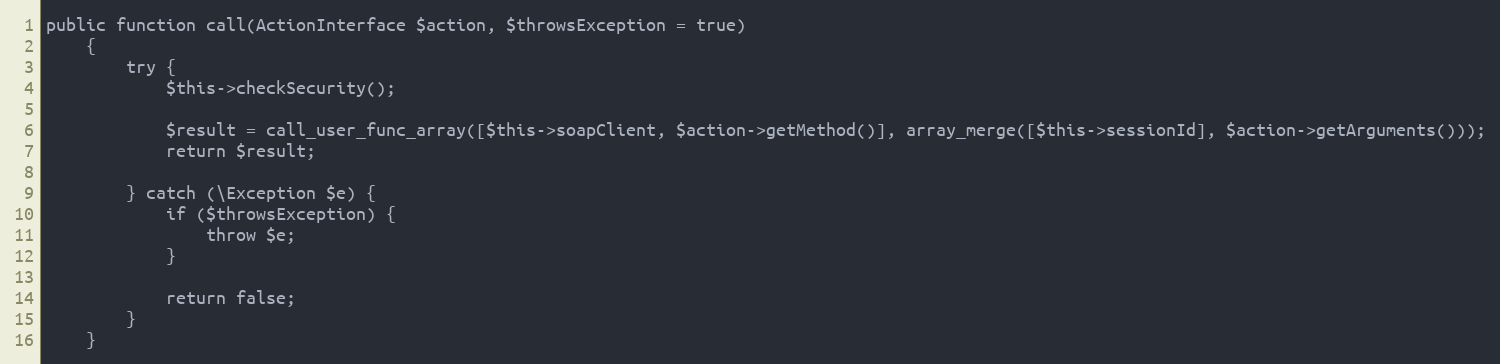
Language: PHP
public function call(ActionInterface $action, $throwsException = true)
    {
        try {
            $this->checkSecurity();

            $result = call_user_func_array([$this->soapClient, $action->getMethod()], array_merge([$this->sessionId], $action->getArguments()));
            return $result;

        } catch (\Exception $e) {
            if ($throwsException) {
                throw $e;
            }

            return false;
        }
    }